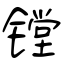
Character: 镗